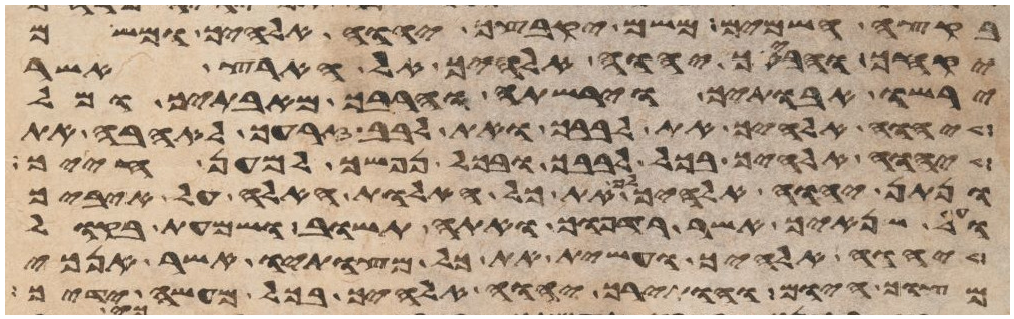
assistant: בקצה השמים משם יקבצך יהוה אלהיך ומשם
יקחך והביאך יהוה אלהיך אל הארץ אשר
ירשו אבתיך וירשתה והרבך מאבתיך ומל
יהוה אלהיך את לבבך ואת לבב זרעך לאהבה את
יהוה אלהיך בכל לבבך ובכל נפשך למען חייך
ונתן יהוה אלהיך את כל האלות האלה על איביך
ועל שנאיך אשר רדפוך ואתה תשוב ושמעת בקול
יהוה אלהיך ועשית את כל מצותיו אשר אנכי
מצוך היום והותירך יהוה אלהיך בכל מעשה ידיך